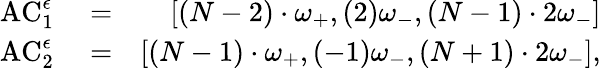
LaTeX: \begin{array}{rlr}{\mathrm{AC}_{1}^{\epsilon}}&{{}=}&{\left[(N-2)\cdot\omega_{+},(2)\omega_{-},(N-1)\cdot 2\omega_{-}\right]}\\ {\mathrm{AC}_{2}^{\epsilon}}&{{}=}&{\left[(N-1)\cdot\omega_{+},(-1)\omega_{-},(N+1)\cdot 2\omega_{-}\right],}\end{array}